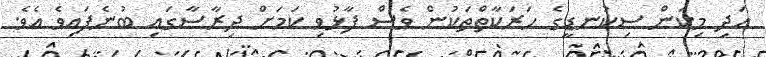
އަދި މިކަން ސިކުނޑީގެ ހަރަކާތްތަކުން ވެސް ފާޅުވި ކަމަށް ދިރާސާގައި ބުނެފައިވެ އެވެ.